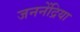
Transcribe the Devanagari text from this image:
जननेंद्रिया